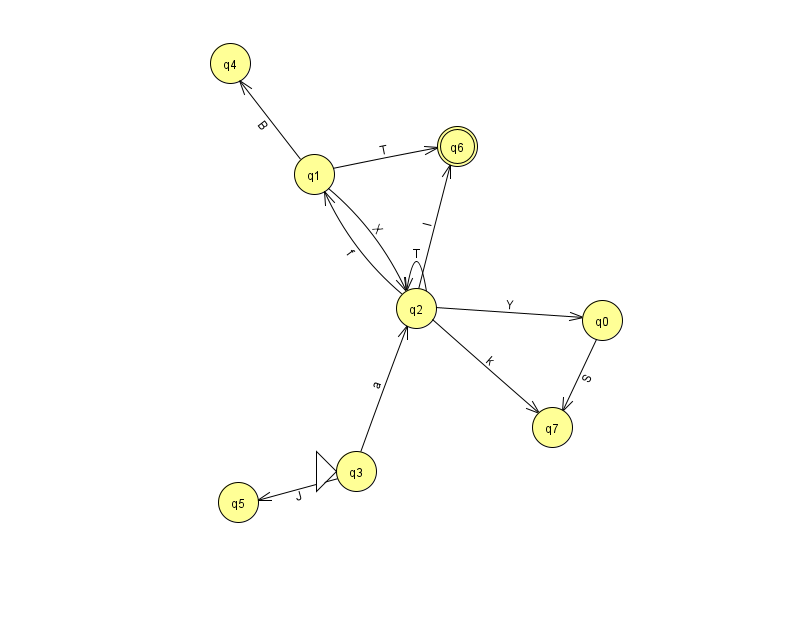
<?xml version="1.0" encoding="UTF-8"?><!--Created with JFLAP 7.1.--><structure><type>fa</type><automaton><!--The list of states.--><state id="0" name="q0"><x>602.0</x><y>307.0</y></state><state id="1" name="q1"><x>314.0</x><y>161.0</y></state><state id="2" name="q2"><x>416.0</x><y>295.0</y></state><state id="3" name="q3"><x>356.0</x><y>458.0</y><initial/></state><state id="4" name="q4"><x>230.0</x><y>50.0</y></state><state id="5" name="q5"><x>238.0</x><y>489.0</y></state><state id="6" name="q6"><x>457.0</x><y>133.0</y><final/></state><state id="7" name="q7"><x>552.0</x><y>414.0</y></state><!--The list of transitions.--><transition><from>2</from><to>6</to><read>l</read></transition><transition><from>2</from><to>0</to><read>Y</read></transition><transition><from>2</from><to>2</to><read>T</read></transition><transition><from>1</from><to>4</to><read>B</read></transition><transition><from>3</from><to>2</to><read>a</read></transition><transition><from>3</from><to>5</to><read>J</read></transition><transition><from>1</from><to>2</to><read>X</read></transition><transition><from>1</from><to>6</to><read>T</read></transition><transition><from>2</from><to>1</to><read>f</read></transition><transition><from>2</from><to>7</to><read>k</read></transition><transition><from>0</from><to>7</to><read>S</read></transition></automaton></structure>